Lunatic asylums Central Provinces reports 1886-1894 - 1886-1894
Year: 1886
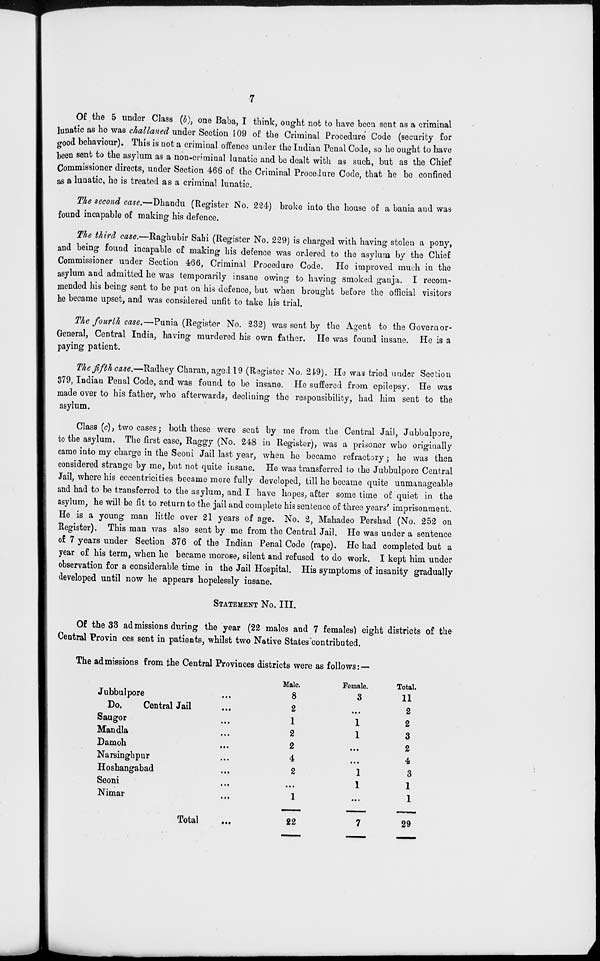
7
Of the 5 under Class (b), one Baba, I think, ought not to have been sent as a criminal
lunatic as he was challaned under Section 109 of the Criminal Procedure Code (security for
good behaviour). This is not a criminal offence under the Indian Penal Code, so he ought to have
been sent to the asylum as a non-criminal lunatic and be dealt with as such, but as the Chief
Commissioner directs, under Section 466 of the Criminal Procedure Code, that he be confined
as a lunatic, he is treated as a criminal lunatic.
The second case.—Dhandu (Register No. 224) broke into the house of a bania and was
found incapable of making his defence.
The third case.—Raghubir Sahi (Register No. 229) is charged with having stolen a pony,
and being found incapable of making his defence was ordered to the asylum by the Chief
Commissioner under Section 466, Criminal Procedure Code. He improved much in the
asylum and admitted he was temporarily insane owing to having smoked ganja. I recom-
mended his being sent to be put on his defence, but when brought before the official visitors
he became upset, and was considered unfit to take his trial.
The fourth case.—Punia (Register No. 232) was sent by the Agent to the Governor-
General, Central India, having murdered his own father. He was found insane. He is a
paying patient.
The fifth case.—Radhey Charan, aged 19 (Register No. 249). He was tried under Section
379, Indian Penal Code, and was found to be insane. He suffered from epilepsy. He was
made over to his father, who afterwards, declining the responsibility, had him sent to the
asylum.
Class (c), two cases; both these were sent by me from the Central Jail, Jubbulpore,
to the asylum. The first case, Raggy (No. 248 in Register), was a prisoner who originally
came into my charge in the Seoni Jail last year, when he became refractory ; he was then
considered strange by me, but not quite insane. He was transferred to the Jubbulpore Central
Jail, where his eccentricities became more fully developed, till he became quite unmanageable
and had to be transferred to the asylum, and I have hopes, after some time of quiet in the
asylum, he will be fit to return to the jail and complete his sentence of three years' imprisonment.
He is a young man little over 21 years of age. No. 2, Mahadeo Pershad (No. 252 on
Register). This man was also sent by me from the Central Jail. He was under a sentence
of 7 years under Section 376 of the Indian Penal Code (rape). He had completed but a
year of his term, when he became morose, silent and refused to do work. I kept him under
observation for a considerable time in the Jail Hospital. His symptoms of insanity gradually
developed until now he appears hopelessly insane.
STATEMENT NO. III.
Of the 33 admissions during the year (22 males and 7 females) eight districts of the
Central Provin ces sent in patients, whilst two Native States contributed.
The admissions from the Central Provinces districts were as follows: —
Jubbulpore ...
Do.
Central Jail ...
Saugor ...
Mandla ...
Damoh ...
Narsinghpur ...
Hoshangabad ...
Seoni ...
Nimar ...
Total ...
Male.
8
2
1
2
2
4
2
...
1
22
Female.
3
...
1
1
...
...
1
1
...
7
Total.
11
2
2
3
2
4
3
1
1
29